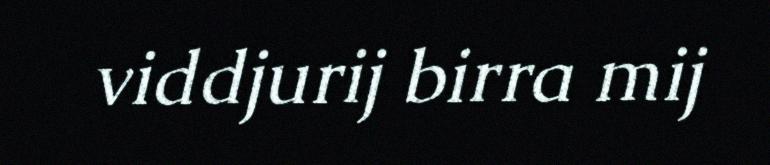
viddjurij birra mij